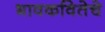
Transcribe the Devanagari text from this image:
भावकवितेचे